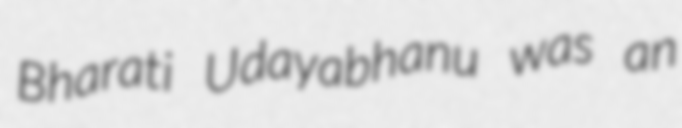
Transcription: Bharati Udayabhanu was an